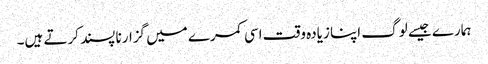
ہمارے جیسے لوگ اپنا زیادہ وقت اسی کمرے میں گزارنا پسند کرتے ہیں۔